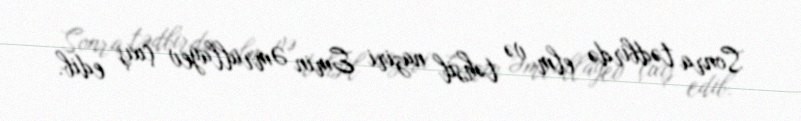
Sonra tədbirdə elm və təhsil naziri Emin Əmrullayev çıxış edib.